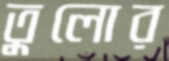
তুলোর